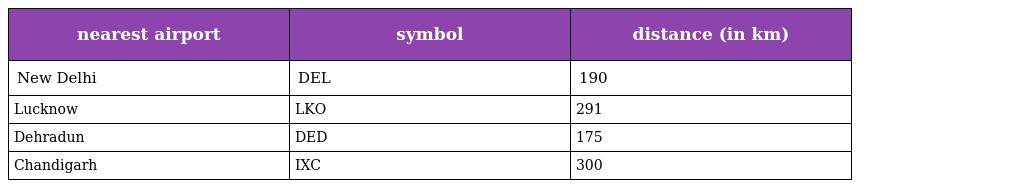
| nearest airport | symbol | distance (in km) |
 | --- | --- | --- |
 | New Delhi | DEL | 190 |
 | Lucknow | LKO | 291 |
 | Dehradun | DED | 175 |
 | Chandigarh | IXC | 300 |